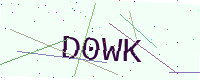
Text: D0WK